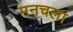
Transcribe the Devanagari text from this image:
मनचला